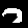
Label: 7